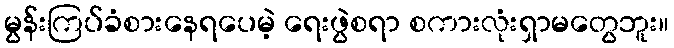
မွန်းကြပ်ခံစားနေရပေမဲ့ ရေးဖွဲစရာ စကားလုံးရှာမတွေဘူး။